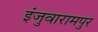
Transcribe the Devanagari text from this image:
इंजुवारामपुर